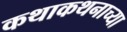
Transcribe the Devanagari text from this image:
कथाकथनाच्या